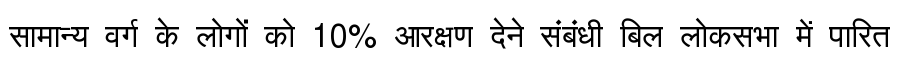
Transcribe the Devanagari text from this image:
सामान्य वर्ग के लोगों को 10% आरक्षण देने संबंधी बिल लोकसभा में पारित